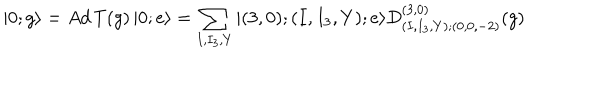
LaTeX: | 0 ; g \rangle = A d \, T ( g ) \, | 0 ; e \rangle = \sum _ { I , I _ { 3 } , Y } | ( 3 , 0 ) ; ( I , I _ { 3 } , Y ) ; e \rangle D _ { ( I , I _ { 3 } , Y ) ; ( 0 , 0 , - 2 ) } ^ { ( 3 , 0 ) } ( g )